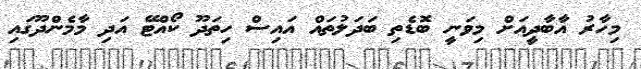
މިހާރު އާބާދީއަށް މިވަނީ ބޮޑެތި ބަދަލުތައް އައިސް ހިތަދޫޫ ކޯއްޓޭ އަދި މާމެންދޫގައި